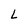
Character: L